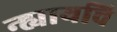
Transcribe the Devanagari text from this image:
न्ह्यायचि